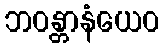
ဘဝန္တာနံယေဝ